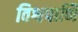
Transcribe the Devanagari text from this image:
विश्वपाणि